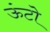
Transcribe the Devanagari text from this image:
ऊंटो